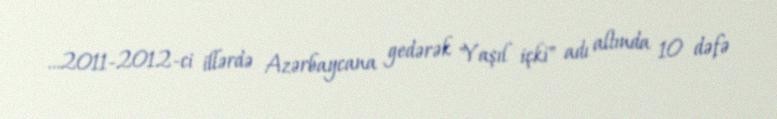
…2011-2012-ci illərdə Azərbaycana gedərək "Yaşıl içki" adı altında 10 dəfə